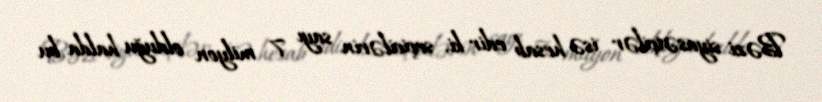
Bəzi siyasətçilər isə hesab edir ki, seçicilərin sayı 7 milyon olduğu halda bu